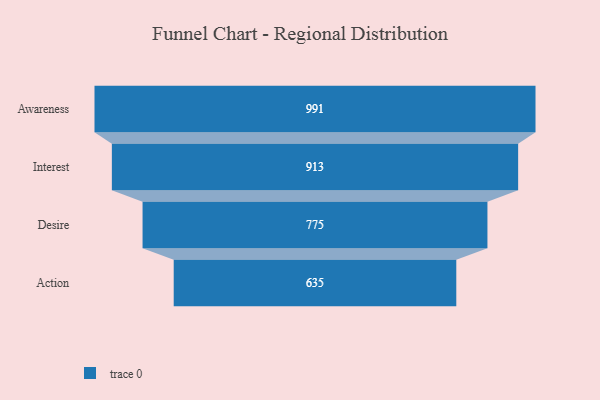
{"axis": {"x": "Stage", "y": "Value"}, "legend": [""], "data": [{"x": "Awareness", "y": 991.0, "type": ""}, {"x": "Interest", "y": 913.0, "type": ""}, {"x": "Desire", "y": 775.0, "type": ""}, {"x": "Action", "y": 635.0, "type": ""}]}